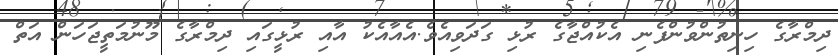
ދިމްރާގެ ހިނިތުންވުންފެނި އެކުއްޖާގެ ރުޅި ގަދަވިއެވެ.އެއާއެކު އާއި ރުޅީގައި ދިމްރާގެ މޫނުމަތީޖަހަން އަތް